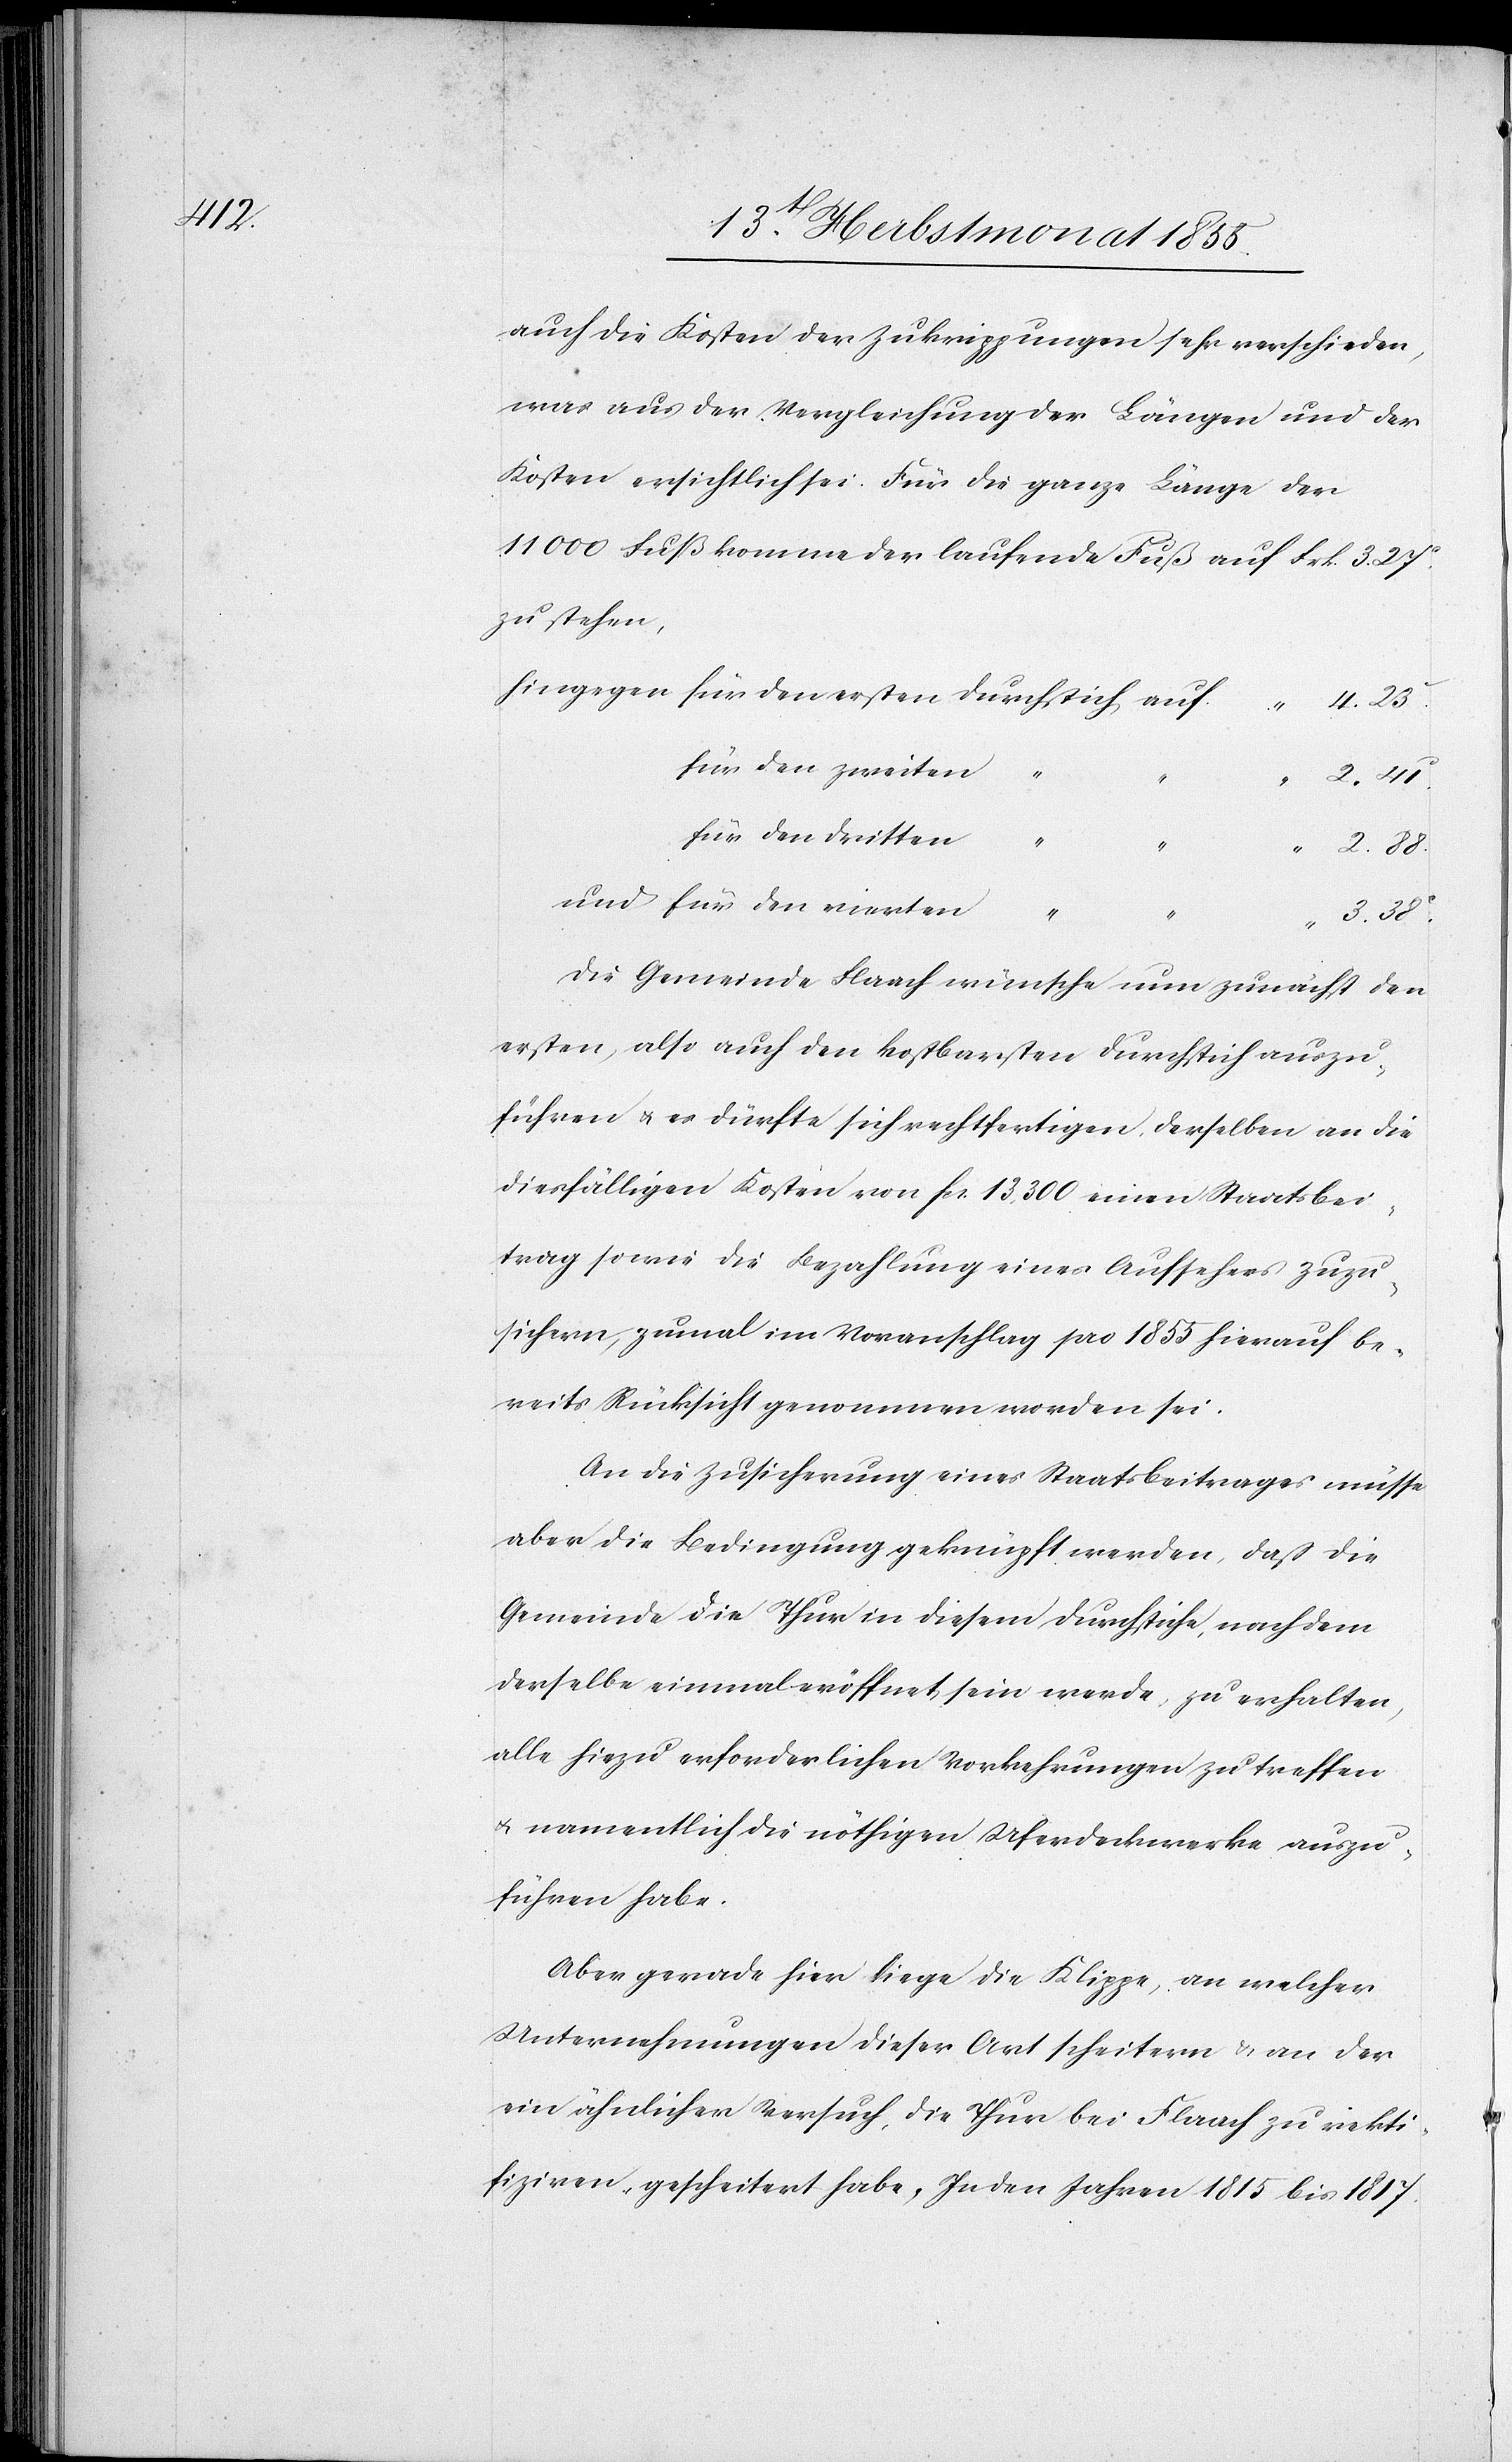
11

auch die Kosten der Zukrippungen sehr verschieden,
was aus der Vergleichung der Längen und der
Kosten ersichtlich sei. Für die ganze Länge der
zu stehen,
hingegen für den ersten Durchstich auf
4. 23c.
für den zweiten
“
2. 41c.
für den dritten
“
2. 88.
und für den vierten
“
3. 38c.
Die Gemeinde Flaach wünsche nun zunächst den
ersten, also auch den kostbarsten Durchstich auszu¬
führen & es dürfte sich rechtfertigen, derselben an die
diesfälligen Kosten von Fcs. 13,300 einen Staatsbei¬
trag sowie die Bezahlung eines Aufsehers zuzu¬
sichern, zumal im Voranschlag pro 1855 hierauf be¬
reits Rücksicht genommen worden sei.
An die Zusicherung eines Staatsbeitrages müsse
aber die Bedingung geknüpft werden, daß die
Gemeinde die Thur in diesem Durchstiche, nachdem
derselbe einmal eröffnet sein werde, zu erhalten,
alle hiezu erforderlichen Vorkehrungen zu treffen
& namentlich die nöthigen Uferdeckwerke auszu¬
führen habe.
Aber gerade hier liege die Klippe, an welcher
Unternehmungen dieser Art scheitern & an der
ein ähnlicher Versuch, die Thur bei Flaach zu rekti¬
fiziren, gescheitert habe. In den Jahren 1815 bis 1817.